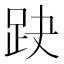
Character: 趹